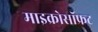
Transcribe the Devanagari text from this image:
माइक्रोसॉफ्रट